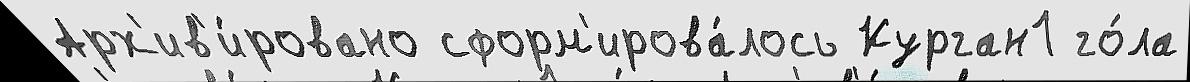
Арх'ив'и́ровано сформ'ирова́лось Курган1 го́ла